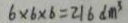
6 \times 6 \times 6 = 2 1 6 d m ^ { 3 }